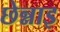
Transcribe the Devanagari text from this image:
छेन्नाइ